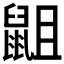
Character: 𮮭